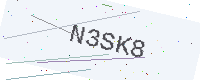
Text: N3SK8